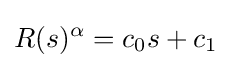
R(s)^{\alpha }=c_{0}s+c_{1}